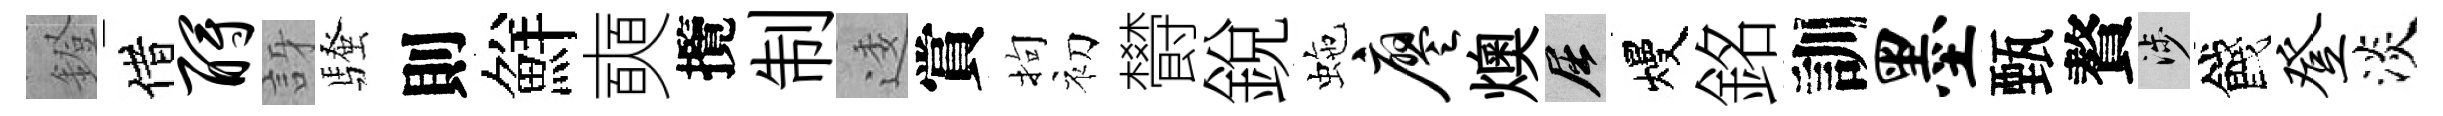
鐙借酹訝騷則鮮奭攬制逶賞拘初欎銳虵廖燠屈熳銘訓墨甄贅涉餞登淡